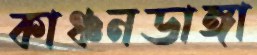
কাঞ্চনডাঙ্গা